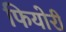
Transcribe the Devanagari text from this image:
फियोरी